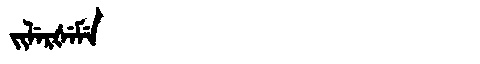
Manchu: ᠵᡳᠯᡝᡵᡧᡝᠮᡝ
Romanization: JILERŠEME